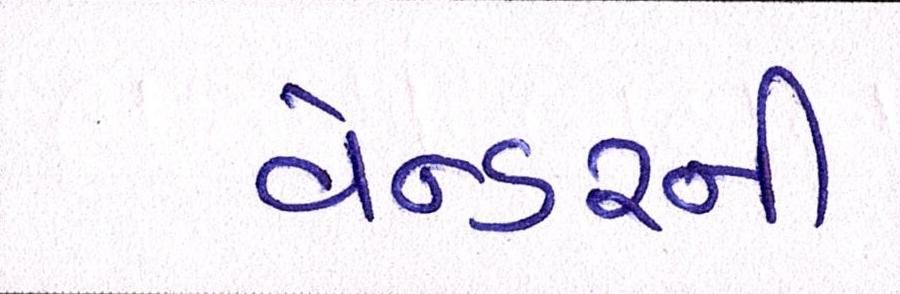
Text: વેન્ડરની